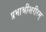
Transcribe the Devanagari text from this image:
प्रभाश्रीशरीरम्